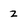
Character: z